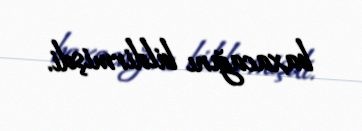
baxacağını bildirmişdi.